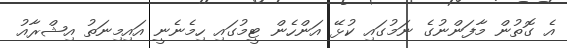
އެ ގޮތުން މާފަންނުގެ ނަމުގައި ކުޅޭ އަންހެން ޓީމުގައި ހިމެނެނީ އައިމިނަތު އިޝްރާއު